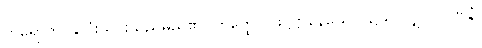
ကရောတိ၊ နှလုံးသွင်းသည်မည်၏။ တတ္ထေဝ-ဖုဋ္ဌဋ္ဌာနေယေဝ၊ ၌သာလျှင်။ ဂဏနံ၊